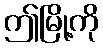
ဤမြို့ကို